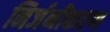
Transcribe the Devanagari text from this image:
निर्जनीकरण